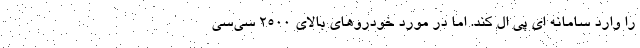
را وارد سامانه ای پی ال کند. اما در مورد خودروهای بالای ۲۵۰۰ سی‌سی